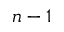
n - 1